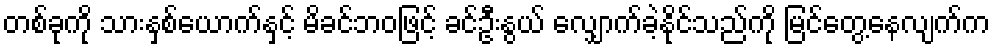
တစ်ခုကို သားနှစ်ယောက်နှင့် မိခင်ဘဝဖြင့် ခင်ဦးနွယ် လျှောက်ခဲ့နိုင်သည်ကို မြင်တွေ့နေလျက်က